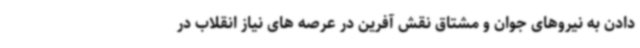
دادن به نیروهای جوان و مشتاق نقش آفرین در عرصه های نیاز انقلاب در